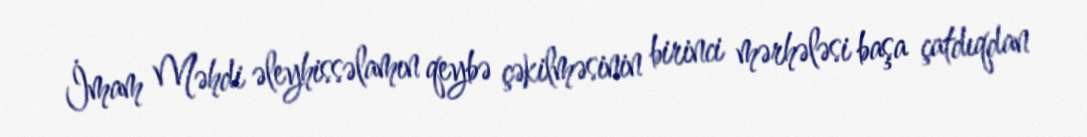
İmam Məhdi əleyhissəlamın qeybə çəkilməsinin birinci mərhələsi başa çatdıqdan